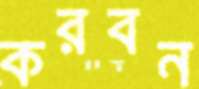
করবন